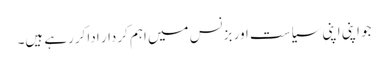
جو اپنی اپنی سیاست اور بزنس میں اہم کردار ادا کررہے ہیں۔